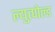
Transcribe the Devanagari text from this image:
ल्युत्पोल्ड